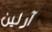
آرلين